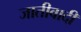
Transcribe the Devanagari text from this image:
जातीवादी